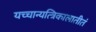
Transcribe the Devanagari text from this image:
यच्चान्यत्त्रिकालातीतं